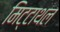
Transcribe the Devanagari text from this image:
मिट्टाथल